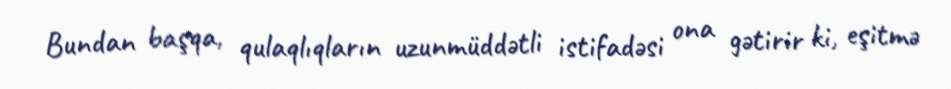
Bundan başqa, qulaqlıqların uzunmüddətli istifadəsi ona gətirir ki, eşitmə